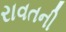
રાવતની